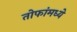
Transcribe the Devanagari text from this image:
तोफांमध्ये